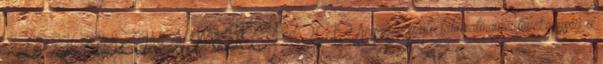
3 LEGJOBB SZINONÍMÁJÁT Cegléd 2012 Anyagvizsgáló laboratóriumi tevékenység a